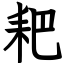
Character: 耙